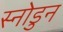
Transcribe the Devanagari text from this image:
स्नोडुन